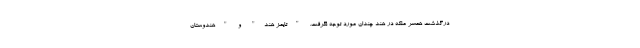
درگذشت همسر ملکه در هند چندان مورد توجه نگرفت. "تایمز هند" و "هندوستان